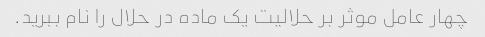
چهار عامل موثر بر حلالیت یک ماده در حلال را نام ببرید.